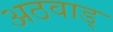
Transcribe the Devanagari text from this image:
अठवाड्